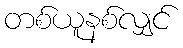
တစ်ယူနစ်လျှင်